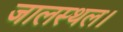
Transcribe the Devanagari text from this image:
जालस्थल।